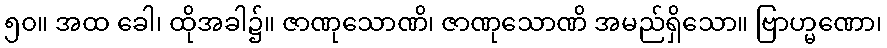
၅၀။ အထ ခေါ၊ ထိုအခါ၌။ ဇာဏုသောဏိ၊ ဇာဏုသောဏိ အမည်ရှိသော။ ဗြာဟ္မဏော၊